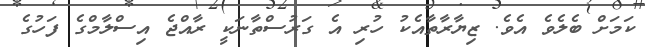
ކަމަށް ބެލެެވެ އެވެ. ޒިޔާރާތާއެކު ހުރި އެ ގަރުސްތާނަކީ ރާއްޖެ އިސްލާމްގެ ފަހުގެ